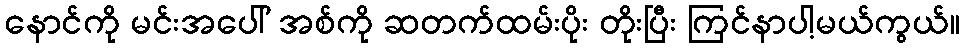
နောင်ကို မင်းအပေါ် အစ်ကို ဆတက်ထမ်းပိုး တိုးပြီး ကြင်နာပါ့မယ်ကွယ်။